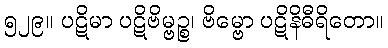
၅၂၉။ ပဋိမာ ပဋိဗိမ္ဗဉ္စ၊ ဗိမ္ဗော ပဋိနိဓီရိတော။